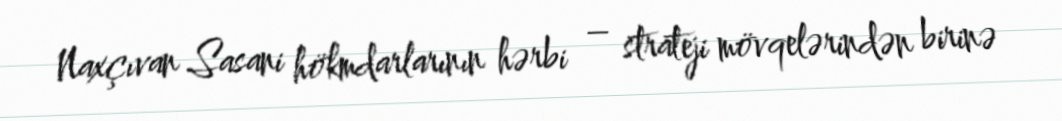
Naxçıvan Sasani hökmdarlarının hərbi – strateji mövqelərindən birinə